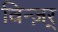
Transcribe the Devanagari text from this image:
विन्ज़र्